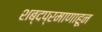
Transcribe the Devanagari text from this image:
शब्दप्रमाणाहून